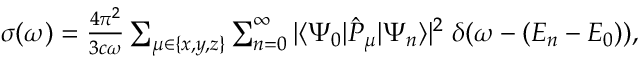
\begin{array} { r } { \sigma ( \omega ) = \frac { 4 \pi ^ { 2 } } { 3 c \omega } \sum _ { \mu \in \{ x , y , z \} } \sum _ { n = 0 } ^ { \infty } | \ensuremath { \langle \Psi _ { 0 } \vert } \hat { P } _ { \mu } \ensuremath { \vert \Psi _ { n } \rangle } | ^ { 2 } \; \delta ( \omega - ( E _ { n } - E _ { 0 } ) ) , } \end{array}